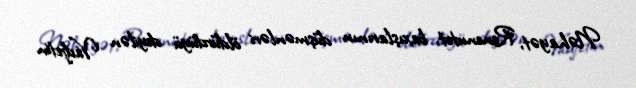
Nəhayət, Renenutet, baxışlarının düşmənləri öldürdüyü deyilən Vadjetin